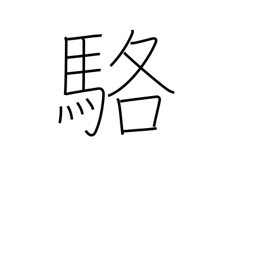
Meaning: white horse